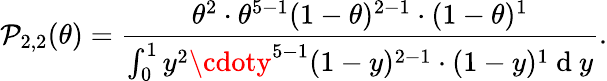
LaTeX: \mathcal{P}_{2,2}(\theta)=\frac{{\theta^{2}\cdot\theta^{5-1}(1-\theta)^{2-1}\cdot(1-\theta)^{1}}}{{\int_{0}^{1}y^{2}\cdoty^{5-1}(1-y)^{2-1}\cdot(1-y)^{1}\mathrm{{~d~}}y}}.